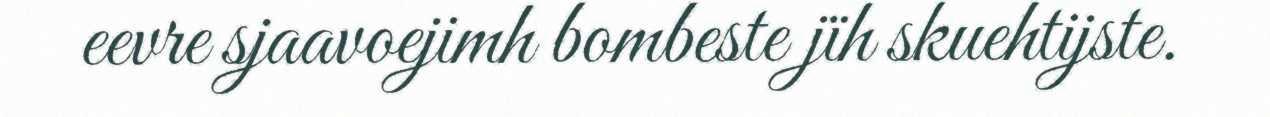
eevre sjaavoejimh bombeste jïh skuehtijste.